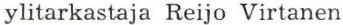
ylitarkastaja Reijo Virtanen